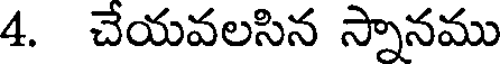
4. చేయవలసిన స్నానము